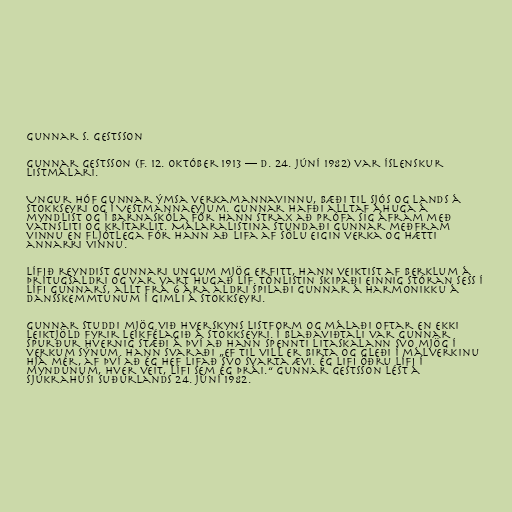
Gunnar S. Gestsson

Gunnar Gestsson (f. 12. október 1913 — d. 24. júní 1982) var íslenskur
listmálari.

Ungur hóf Gunnar ýmsa verkamannavinnu, bæði til sjós og lands á
Stokkseyri og í Vestmannaeyjum. Gunnar hafði alltaf áhuga á
myndlist og í barnaskóla fór hann strax að prófa sig áfram með
vatnsliti og krítarlit. Málaralistina stundaði Gunnar meðfram
vinnu en fljótlega fór hann að lifa af sölu eigin verka og hætti
annarri vinnu.

Lífið reyndist Gunnari ungum mjög erfitt, hann veiktist af berklum á
þrítugsaldri og var vart hugað líf. Tónlistin skipaði einnig stóran sess í
lífi Gunnars, allt frá 6 ára aldri spilaði Gunnar á harmonikku á
dansskemmtunum í Gimli á Stokkseyri.

Gunnar studdi mjög við hverskyns listform og málaði oftar en ekki
leiktjöld fyrir leikfélagið á Stokkseyri. Í blaðaviðtali var Gunnar
spurður hvernig stæði á því að hann spennti litaskalann svo mjög í
verkum sýnum. Hann svaraði „Ef til vill er birta og gleði í málverkinu
hjá mér, af því að ég hef lifað svo svarta ævi. Ég lifi öðru lífi í
myndunum, hver veit, lífi sem ég þrái.“ Gunnar Gestsson lést á
Sjúkrahúsi Suðurlands 24. júní 1982.